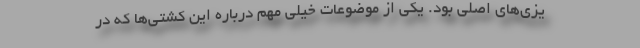
یزی‌های اصلی بود. یکی از موضوعات خیلی مهم درباره این کشتی‌ها که در